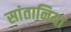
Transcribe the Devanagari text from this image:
सांतानिया